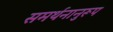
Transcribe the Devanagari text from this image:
समर्थनानुरूप